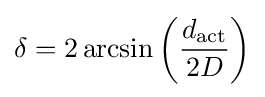
\delta =2\arcsin \left({\frac {d_{\mathrm {act} }}{2D}}\right)